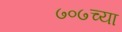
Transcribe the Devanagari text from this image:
७०७च्या